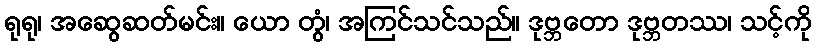
ရုရု၊ အဆွေဆတ်မင်း။ ယော တွံ၊ အကြင်သင်သည်။ ဒုဗ္ဘတော ဒုဗ္ဘတဿ၊ သင့်ကို